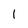
Character: l